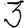
Digit: 3